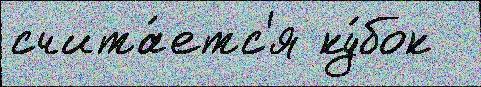
счита́етс'я ку́бок